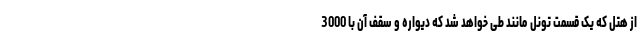
از هتل که یک قسمت تونل مانند طی خواهد شد که دیواره و سقف آن با 3000